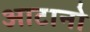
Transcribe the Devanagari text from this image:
आटानो